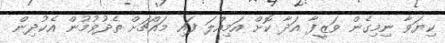
ކިޔަވާ ނިމިގެން ވަޒީފާ އަދާ ކޮށް އަމިއްލަ ފައި މައްޗަށް ތެދުވުމުން އެކުދިން